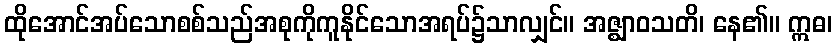
ထိုအောင်အပ်သောစစ်သည်အစုကိုကူနိုင်သောအရပ်၌သာလျှင်။ အဇ္ဈာဝသတိ၊ နေ၏။ ဣဓ၊